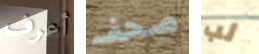
أعرف صحف لب